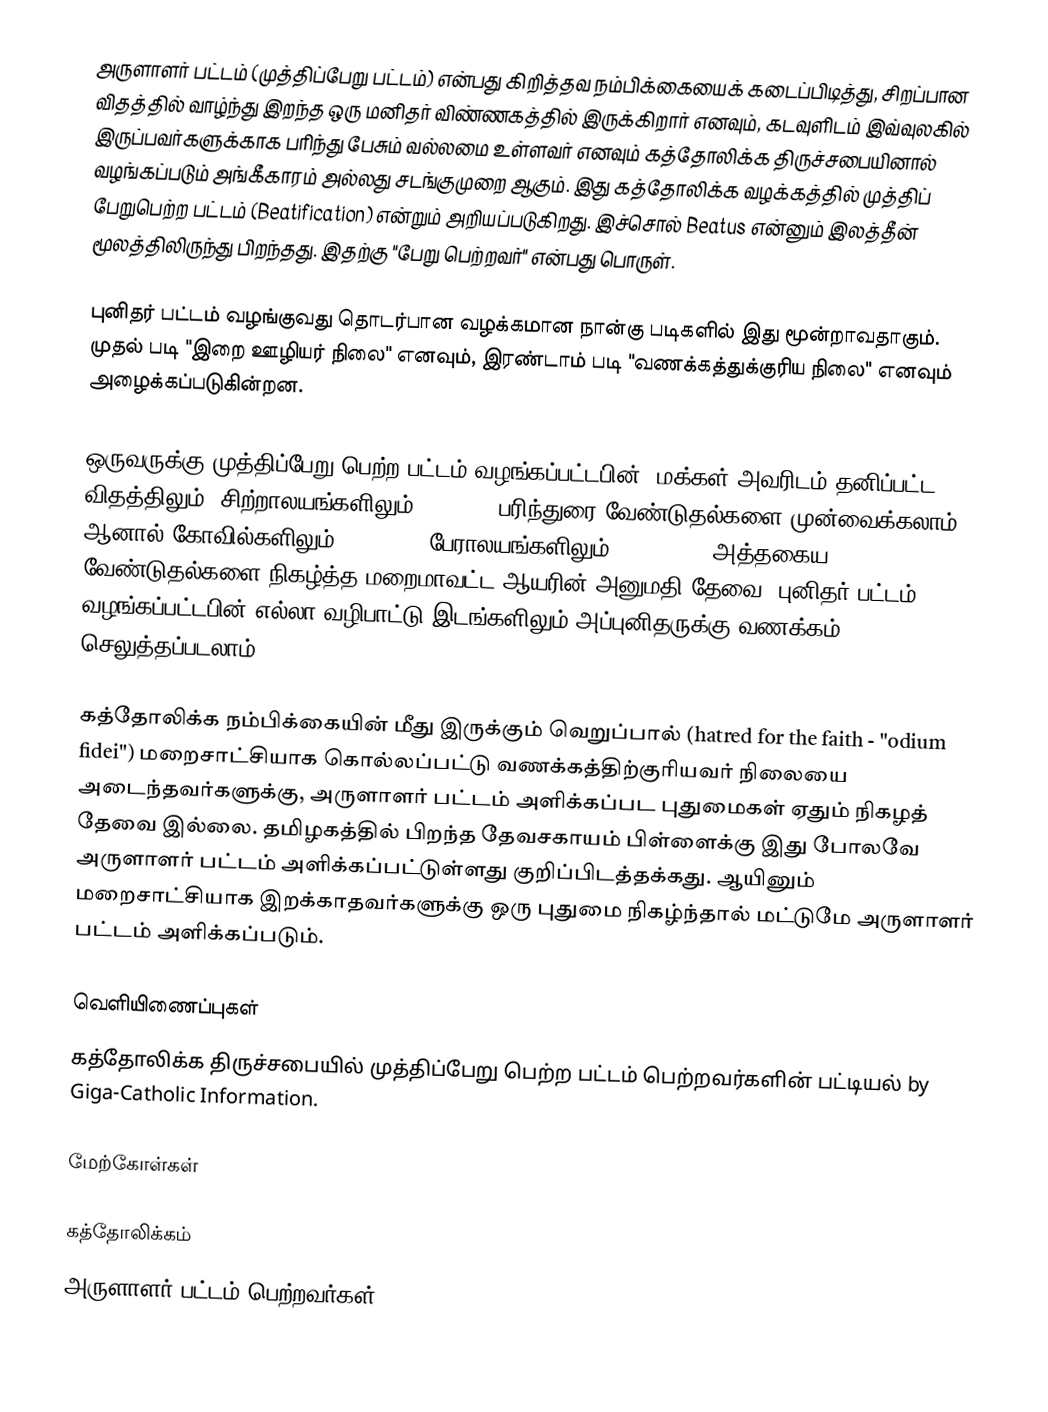
அருளாளர் பட்டம் (முத்திப்பேறு பட்டம்) என்பது கிறித்தவ நம்பிக்கையைக் கடைப்பிடித்து, சிறப்பான விதத்தில் வாழ்ந்து இறந்த ஒரு மனிதர் விண்ணகத்தில் இருக்கிறார் எனவும், கடவுளிடம் இவ்வுலகில் இருப்பவர்களுக்காக பரிந்து பேசும் வல்லமை உள்ளவர் எனவும் கத்தோலிக்க திருச்சபையினால் வழங்கப்படும் அங்கீகாரம் அல்லது சடங்குமுறை ஆகும். இது கத்தோலிக்க வழக்கத்தில் முத்திப் பேறுபெற்ற பட்டம் (Beatification) என்றும் அறியப்படுகிறது. இச்சொல் Beatus என்னும் இலத்தீன் மூலத்திலிருந்து பிறந்தது. இதற்கு "பேறு பெற்றவர்" என்பது பொருள்.

புனிதர் பட்டம் வழங்குவது தொடர்பான வழக்கமான நான்கு படிகளில் இது மூன்றாவதாகும். முதல் படி "இறை ஊழியர் நிலை" எனவும், இரண்டாம் படி "வணக்கத்துக்குரிய நிலை" எனவும் அழைக்கப்படுகின்றன.

ஒருவருக்கு முத்திப்பேறு பெற்ற பட்டம் வழங்கப்பட்டபின், மக்கள் அவரிடம் தனிப்பட்ட விதத்திலும், சிற்றாலயங்களிலும் (chapel) பரிந்துரை வேண்டுதல்களை முன்வைக்கலாம். ஆனால் கோவில்களிலும் (church), பேராலயங்களிலும் (basilica) அத்தகைய வேண்டுதல்களை நிகழ்த்த மறைமாவட்ட ஆயரின் அனுமதி தேவை. புனிதர் பட்டம் வழங்கப்பட்டபின் எல்லா வழிபாட்டு இடங்களிலும் அப்புனிதருக்கு வணக்கம் செலுத்தப்படலாம்.

கத்தோலிக்க நம்பிக்கையின் மீது இருக்கும் வெறுப்பால் (hatred for the faith - "odium fidei") மறைசாட்சியாக கொல்லப்பட்டு வணக்கத்திற்குரியவர் நிலையை அடைந்தவர்களுக்கு, அருளாளர் பட்டம் அளிக்கப்பட புதுமைகள் ஏதும் நிகழத் தேவை இல்லை. தமிழகத்தில் பிறந்த தேவசகாயம் பிள்ளைக்கு இது போலவே அருளாளர் பட்டம் அளிக்கப்பட்டுள்ளது குறிப்பிடத்தக்கது. ஆயினும் மறைசாட்சியாக இறக்காதவர்களுக்கு ஒரு புதுமை நிகழ்ந்தால் மட்டுமே அருளாளர் பட்டம் அளிக்கப்படும்.

வெளியிணைப்புகள்
 கத்தோலிக்க திருச்சபையில் முத்திப்பேறு பெற்ற பட்டம் பெற்றவர்களின் பட்டியல் by Giga-Catholic Information.

மேற்கோள்கள்

கத்தோலிக்கம்
அருளாளர் பட்டம் பெற்றவர்கள்